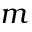
m